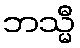
ဘသ္မီ